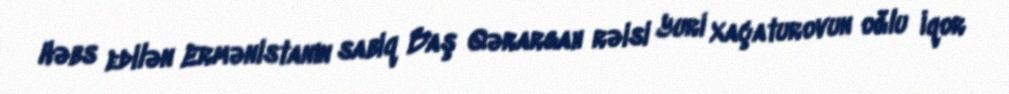
Həbs edilən Ermənistanın sabiq Baş Qərargah rəisi Yuri Xaçaturovun oğlu İqor